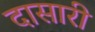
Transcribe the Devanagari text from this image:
दासारी